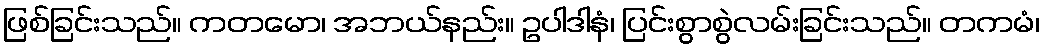
ဖြစ်ခြင်းသည်။ ကတမော၊ အဘယ်နည်း။ ဥပါဒါနံ၊ ပြင်းစွာစွဲလမ်းခြင်းသည်။ တကမံ၊